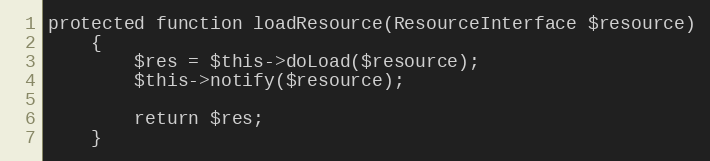
Language: PHP
protected function loadResource(ResourceInterface $resource)
    {
        $res = $this->doLoad($resource);
        $this->notify($resource);

        return $res;
    }